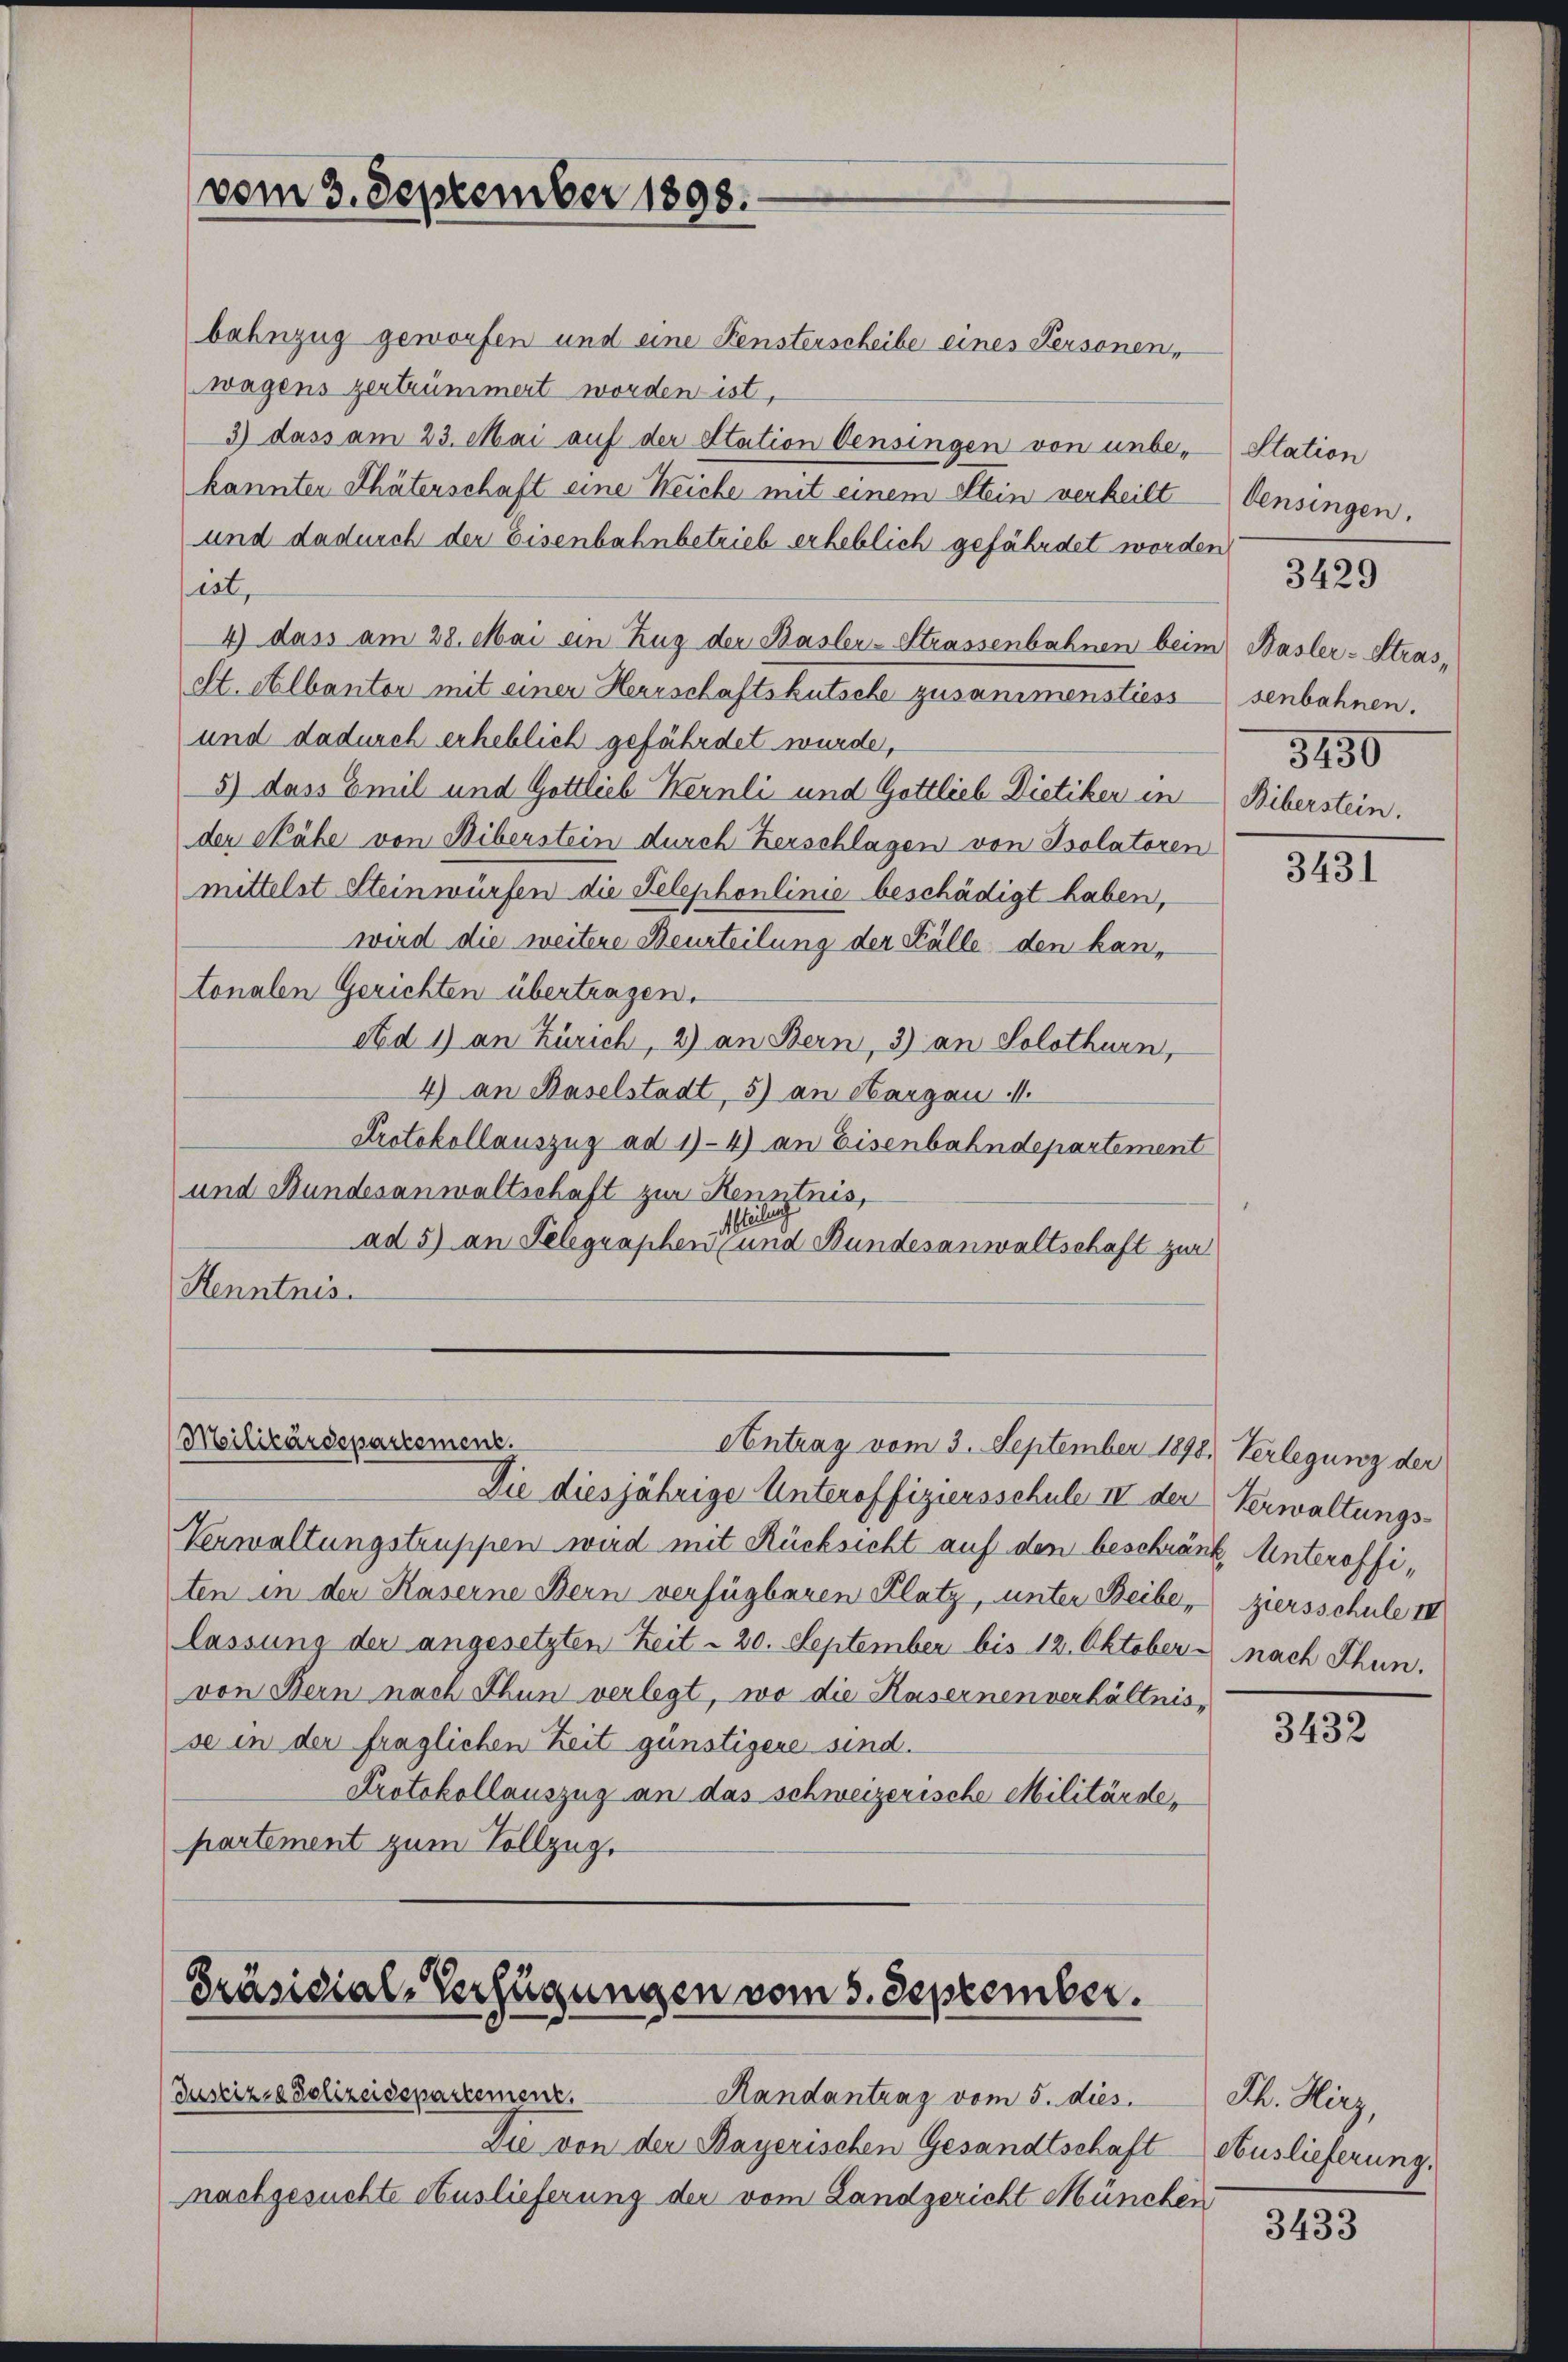
vom 3. September 1898.

bahnzug geworfen und eine Fensterscheibe eines Personen,
wagens zertrümmert worden ist,
3) dass am 23. Mai auf der Station Oensingen von unbe- Station
kannten Thäterschaft eine Weiche mit einem Stein verheilt densingen.
und dadurch der Eisenbahnbetrieb erheblich gefährdet worden
pest,
4) dass am 28. Mai ein Zug der Basler-Strassenbahnen beim Basler-Stras¬
St. Albantor mit einer Herrschaftskutsche zusammenstiess senbahnen.
und dadurch erheblich gefährdet wurde,
5) dass Emil und Gottlieb Wernli und Gottlieb Dietiker in Biberstein.
der Nähe von Biberstein durch Herschlagen von Isolatoren
mittelst Steinwürfen die Telephonlinie beschädigt haben,
wird die weitere Beurteilung der Fälle den kantonalen Gerichten übertragen.
Ad 1) an Zürich, 2) an Bern, 3) an Solothurn,
4) an Baselstadt, 5) an Hargau
Protokollauszug ad 1-4) an Eisenbahndepartement
und Bundesanwaltschaft zur Kenntnis,
Meile
ad 5) an Telegraphen- und Bundesanwaltschaft zur
Henntnis.

Justiz- & Polizeidepartement.
Handantrag vom 5. dies
Die von der Bayerischen Gesandtschaft
nachgesuchte Auslieferung der vom Landgericht München

Verwaltungstruppen wird mit Rücksicht auf den beschränk Unteroffiten in der Kaserne Bern verfügbaren Platz, unter Beibelassung der angesetzten Zeit - 20. September bis 12. Oktober nach Thun.
von Bern nach Thun verlegt, wo die Hasernen verhältnis-
se in der fraglichen Zeit günstigere sind.
Protokollauszug an das schweizerische Militärdepartement zum Vollzug.

Militärdepartement.
Antrag vom 3. September 1898. Verlegung der

Präsidial-Verfügungen vom 5. September.

Die diesjährige Unteroffiziersschule IV der Verwaltungs¬

3429

3430

3431

ziersschule III

3432

M. Herz,
Auslieferung.

3433